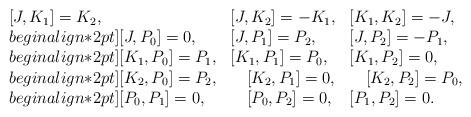
LaTeX: \begin{align*} \begin{array}{lll} [J,K_1]=K_2, & [J,K_2]=-K_1, & [K_1, K_2]=-J, \\begin{align*}2pt] [J,P_0]=0 ,& [J,P_1]=P_2 ,& [J, P_2]=-P_1 ,\\begin{align*}2pt][K_1,P_0]=P_1 ,& [K_1,P_1]=P_0 ,& [K_1, P_2]=0,\\begin{align*}2pt][K_2,P_0]=P_2 ,& \quad[K_2,P_1]= 0 ,& \quad[K_2, P_2]=P_0,\\begin{align*}2pt][P_0,P_1]=0, & \quad[P_0, P_2]=0 ,& [P_1,P_2]=0 . \end{array}\end{align*}